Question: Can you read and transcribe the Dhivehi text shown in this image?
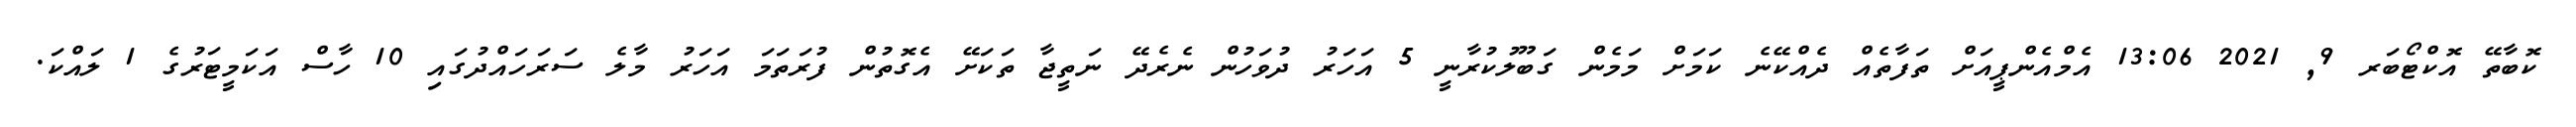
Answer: ކޮބާތޭ އޮކްޓޯބަރ 9, 2021 13:06 އެމްއެންޕީއަށް ތަފާތެއް ދެއްކޭނެ ކަމަށް މަމެން ގަބޫލުކުރާނީ 5 އަހަރު ދުވަހުން ނެރެދޭ ނަތީޖާ ތަކަށޭ އެގޮތުން ފުރަތަމަ އަހަރު މާލެ ސަރަހައްދުގައި 10 ހާސް އަކަމީޓަރުގެ 1 ލައްކަ.